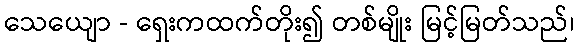
သေယျော - ရှေးကထက်တိုး၍ တစ်မျိုး မြင့်မြတ်သည်၊